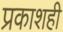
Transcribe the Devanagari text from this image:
प्रकाशही